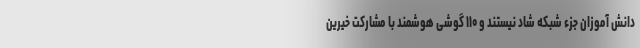
دانش آموزان جزء شبکه شاد نیستند و ۱۱۰ گوشی هوشمند با مشارکت خیرین